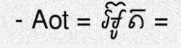
- Aot = អ៊ូត =